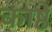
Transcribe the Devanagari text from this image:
काष्ठे